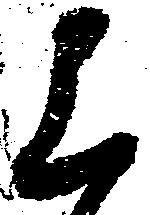
上